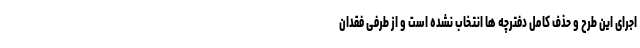
اجرای این طرح و حذف کامل دفترچه ها انتخاب نشده است و از طرفی فقدان